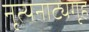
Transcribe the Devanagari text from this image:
नृत्यनाट्यगृह